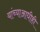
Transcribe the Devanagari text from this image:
यांच्याआधीही